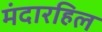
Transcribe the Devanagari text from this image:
मंदारहिल